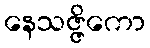
နေသဇ္ဇိကော